Vaccine operations Central Provinces & Berar 1922-1929 - 1922-1929
Year: 1922
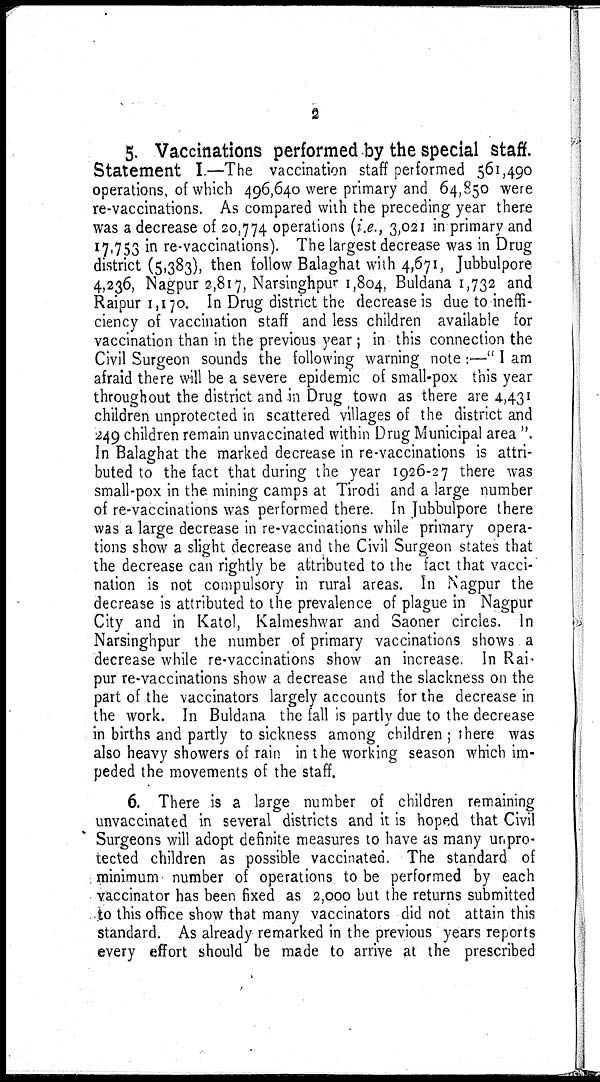
2
5. Vaccinations performed by the special staff.
Statement I.—The vaccination staff performed 561,490
operations, of which 496,640 were primary and 64,850 were
re-vaccinations. As compared with the preceding year there
was a decrease of 20,774 operations (i.e., 3,021 in primary and
17,753 in re-vaccinations). The largest decrease was in Drug
district (5,383), then follow Balaghat with 4,671, Jubbulpore
4,236, Nagpur 2,817, Narsinghpur 1,804, Buldana 1,732 and
Raipur 1,170. In Drug district the decrease is due to ineffi-
ciency of vaccination staff and less children available for
vaccination than in the previous year ; in this connection the
Civil Surgeon sounds the following warning note :—" I am
afraid there will be a severe epidemic of small-pox this year
throughout the district and in Drug town as there are 4,431
children unprotected in scattered villages of the district and
249 children remain unvaccinated within Drug Municipal area "
In Balaghat the marked decrease in re-vaccinations is attri-
buted to the fact that during the year 1926-27 there was
small-pox in the mining camps at Tirodi and a large number
of re-vaccinations was performed there. In Jubbulpore there
was a large decrease in re-vaccinations while primary opera-
tions show a slight decrease and the Civil Surgeon states that
the decrease can rightly be attributed to the fact that vacci-
nation is not compulsory in rural areas. In Nagpur the
decrease is attributed to the prevalence of plague in Nagpur
City and in Katol, Kalmeshwar and Saoner circles. In
Narsinghpur the number of primary vaccinations shows a
decrease while re-vaccinations show an increase. In Rai¬
pur re-vaccinations show a decrease and the slackness on the
part of the vaccinators largely accounts for the decrease in
the work. In Buldana the fall is partly due to the decrease
in births and partly to sickness among children ; there was
also heavy showers of rain in the working season which im-
peded the movements of the staff.
6. There is a large number of children remaining
unvaccinated in several districts and it is hoped that Civil
Surgeons will adopt definite measures to have as many unpro-
tected children as possible vaccinated. The standard of
minimum number of operations to be performed by each
vaccinator has been fixed as 2,000 but the returns submitted
to this office show that many vaccinators did not attain this
standard. As already remarked in the previous years reports
every effort should be made to arrive at the prescribed